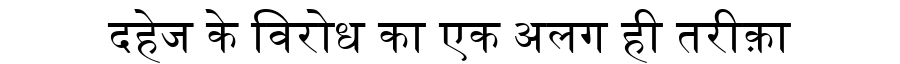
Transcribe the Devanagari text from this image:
दहेज के विरोध का एक अलग ही तरीक़ा